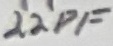
Text: 22PF